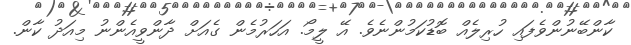
ކާންބޭނުންވެފައި ހުރިލެއް ބޮޑުކަމުންނެވެ. އޭ ލީމޯ. އަހަރުމެން ގެއަށް ދާންވީއެންނު މިއަދު ކާން.